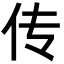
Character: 传